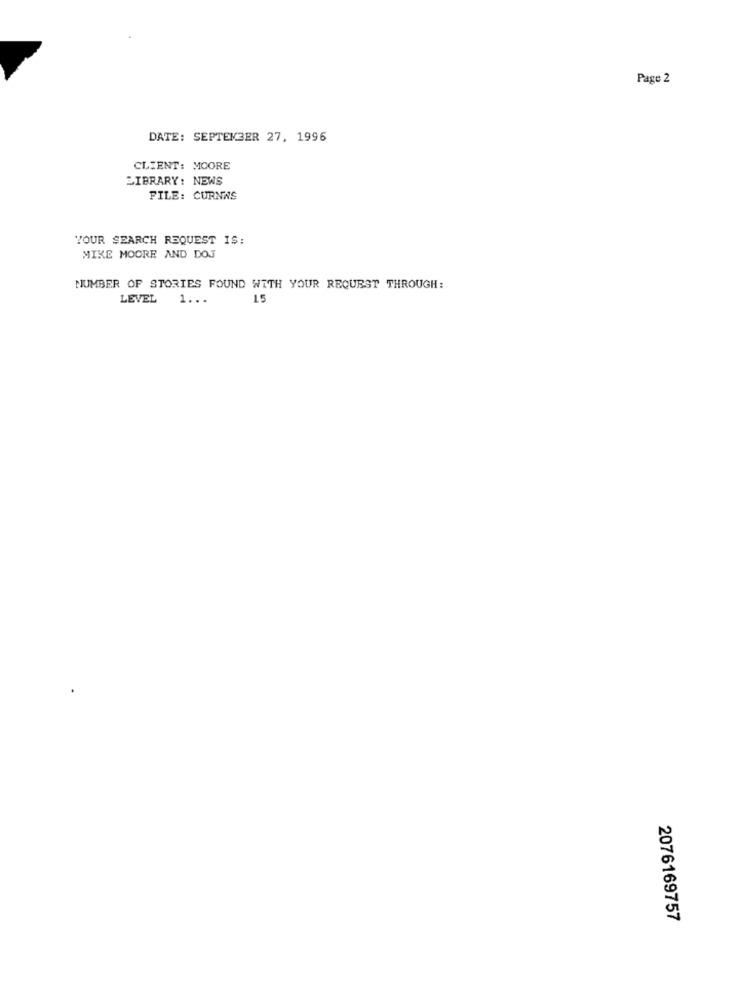
Page 2
DATE: SEPTEMBER 27, 1996
CLIENT: MOORE
LIBRARY: NEWS
FILE: CURNAS
YOUR SEARCH REQUEST IS:
MIKE MOORE AND DOJ
NUMBER OF STORIES FOUND WITH YOUR REQUEST THROUGH:
LEVEL 1 ...
15
2076169757